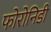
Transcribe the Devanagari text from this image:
फोरोनिडी